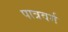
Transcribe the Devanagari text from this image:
पात्रवर्ग